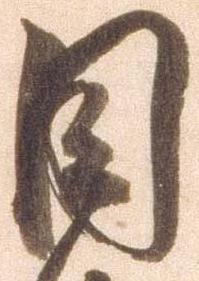
目